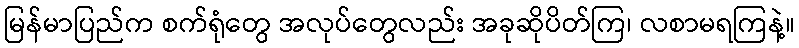
မြန်မာပြည်က စက်ရုံတွေ အလုပ်တွေလည်း အခုဆိုပိတ်ကြ၊ လစာမရကြနဲ့။